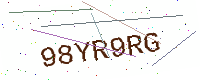
Text: 98YR9RG